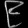
Digit: ၉